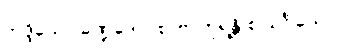
ဘဒ္ဒိယော ခဏ္ဍဒေပါ စ၊ ဗာဟုရန္တိ စ သင်္ဂိယော။